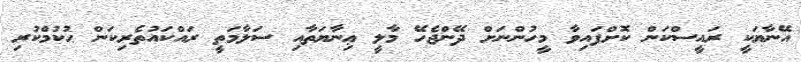
އޭނާޔަކީ ރައީސްކަން ކޮށްފައިވާ މީހުންނަށް ދޭންޖެހޭ މާލީ ޢިނާޔަތާއި ސަލާމަތީ ރައްކައުތެރިކަން ޙުކުމްކުރި